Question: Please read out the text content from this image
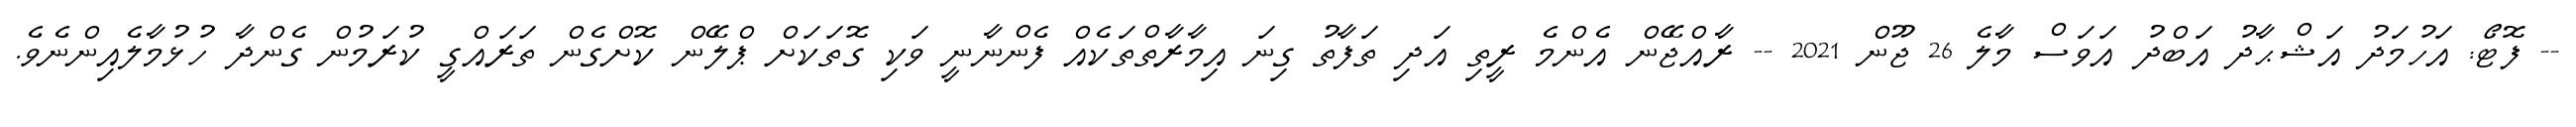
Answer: -- ފޮޓޯ: އަހުމަދު އަޝްޙާދު އަބްދު އަވަސް މާލެ 26 ޖޫން 2021 -- ރާއްޖޭން އެންމެ ރީތި އަދި ތަފާތު ގިނަ އިމާރާތްތަކެއް ފެންނާނީ ވަކި ގޮތަކަށް ޕްލޭން ކޮށްގެން ތަރައްގީ ކުރަމުން ގެންދާ ހުޅުމާލެއިންނެވެ.